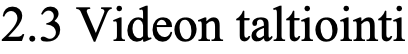
2.3 Videon taltiointi